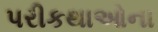
પરીકથાઓના